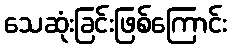
သေဆုံးခြင်းဖြစ်ကြောင်း